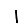
Digit: 1